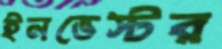
ইনভেস্টর